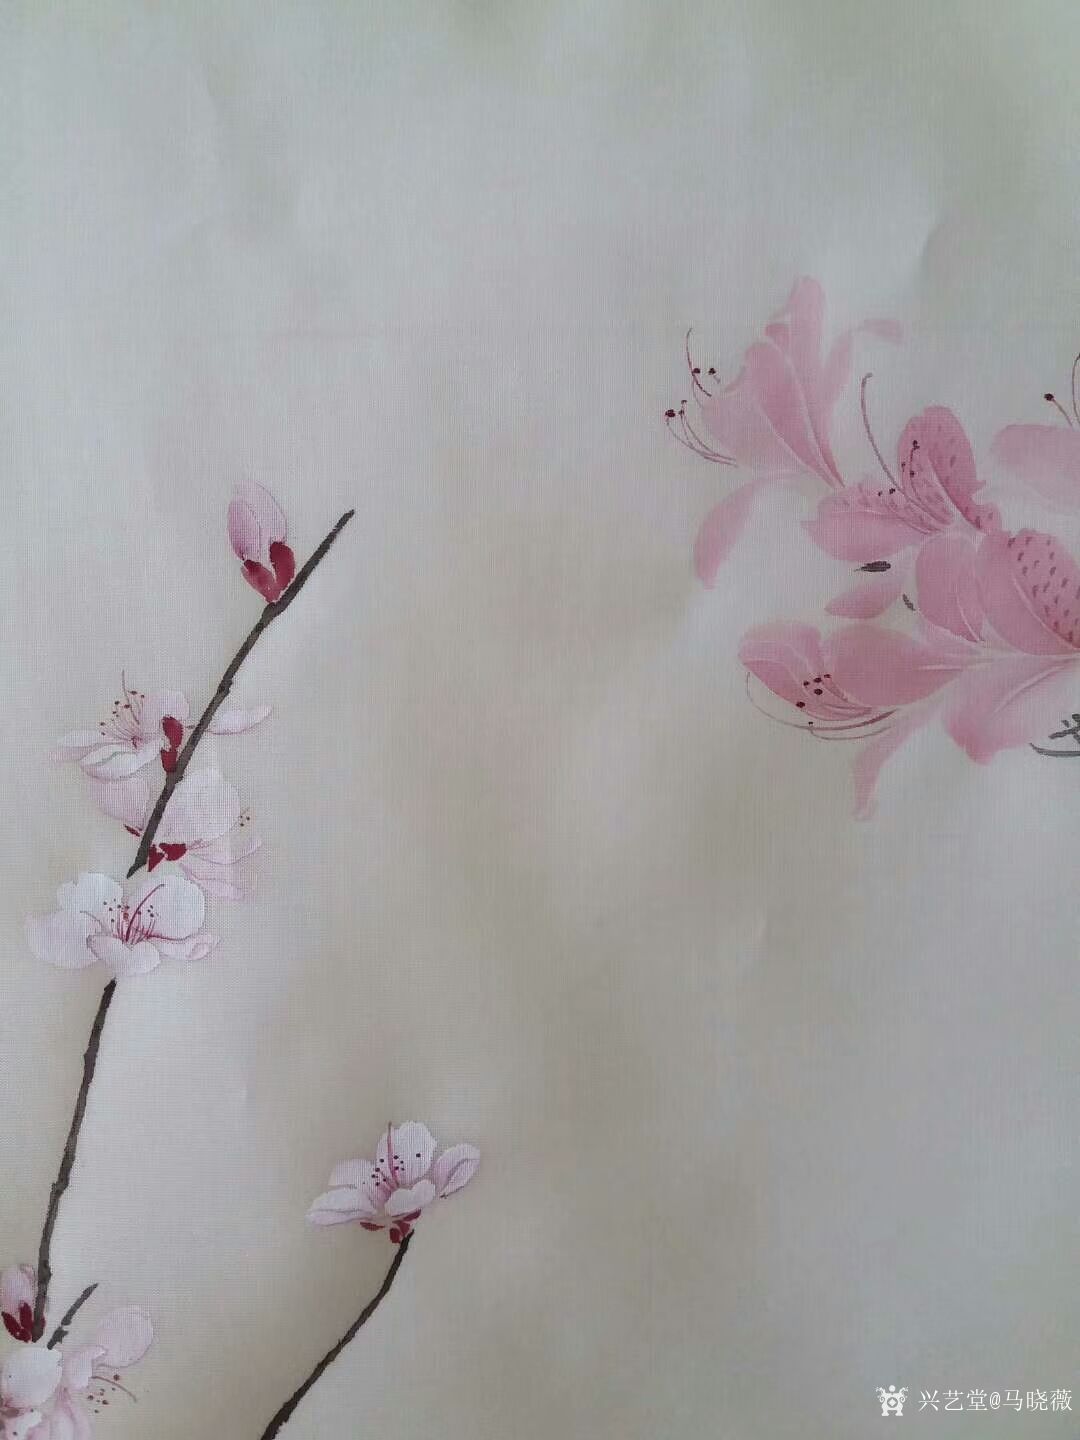
燕子飞时，绿水人家绕。枝上柳绵吹又少。